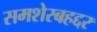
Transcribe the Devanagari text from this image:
समशेरबहद्दर